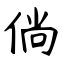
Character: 倘